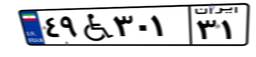
۴۹W۳۰۱۳۱